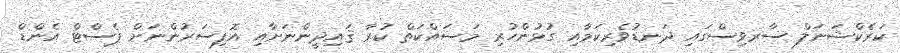
ކަރެކްޝަނަލް ސާރވިސްގައި ދަނޑުވެރިކަމާއި ގުޅުންހުރި މަސައްކަތް ކުރާ ޤައިދީންނަށާއި އޮފިސަރުންނަށް ޕެސްޓް އެންޑް